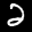
Label: 2